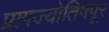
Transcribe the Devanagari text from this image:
प्रागज्योतिषपूर